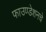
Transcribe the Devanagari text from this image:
फाउण्डेशनचे